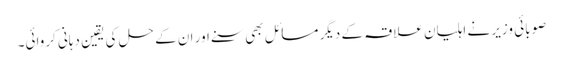
صوبائی وزیر نے اہلیان علاقہ کے دیگر مسائل بھی سنے اور ان کے حل کی یقین دہانی کروائی۔